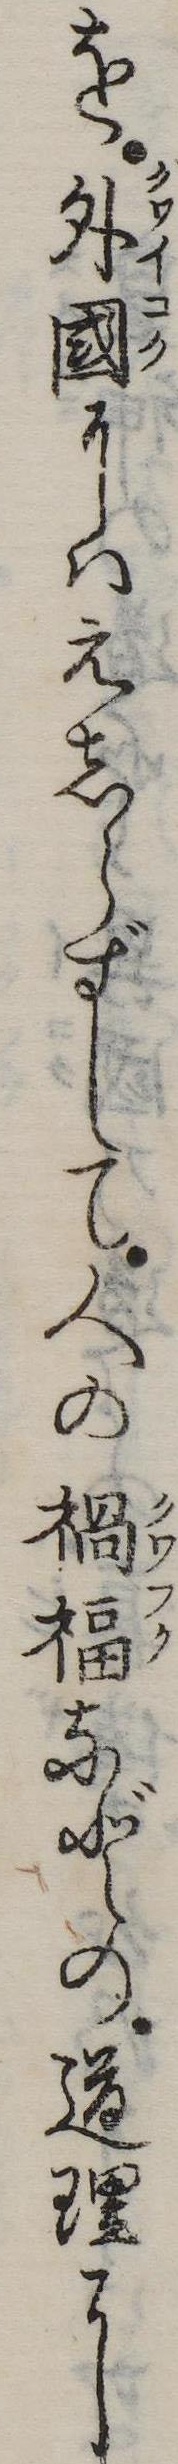
を外国にはえしらずして人の禍福などの道理に